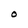
Character: O